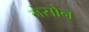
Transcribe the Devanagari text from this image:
नेसोन